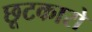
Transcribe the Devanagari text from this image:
छूटकारो